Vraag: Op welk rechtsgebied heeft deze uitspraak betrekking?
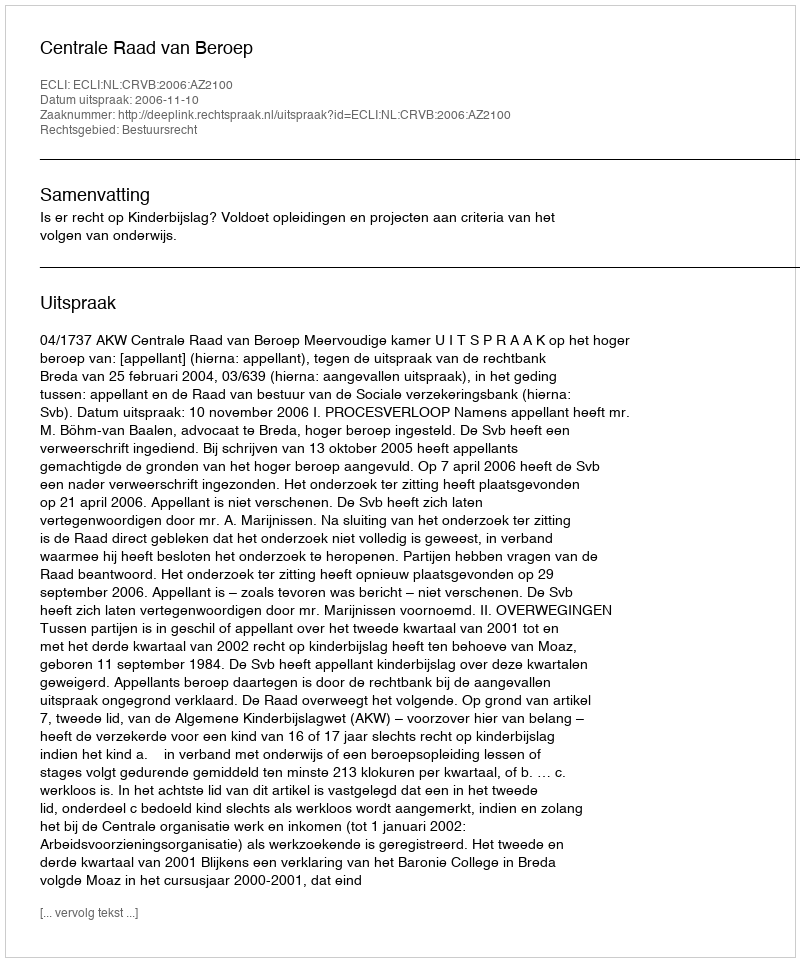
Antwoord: Bestuursrecht